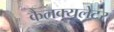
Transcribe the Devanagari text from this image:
कैलक्यूलेटर